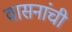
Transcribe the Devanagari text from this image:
वासनांची